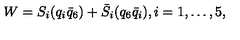
W = S _ { i } ( q _ { i } \bar { q } _ { 6 } ) + \bar { S } _ { i } ( q _ { 6 } \bar { q } _ { i } ) , i = 1 , \ldots , 5 ,